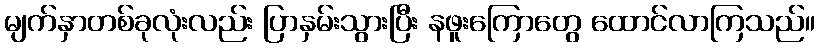
မျက်နှာတစ်ခုလုံးလည်း ပြာနှမ်းသွားပြီး နဖူးကြောတွေ ထောင်လာကြသည်။